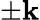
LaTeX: \pm\mathbf{k}